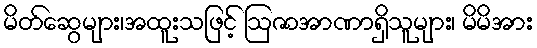
မိတ်ဆွေများ၊အထူးသဖြင့် ဩဇာအာဏာရှိသူများ၊ မိမိအား